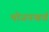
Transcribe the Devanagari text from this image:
भोजनखर्च